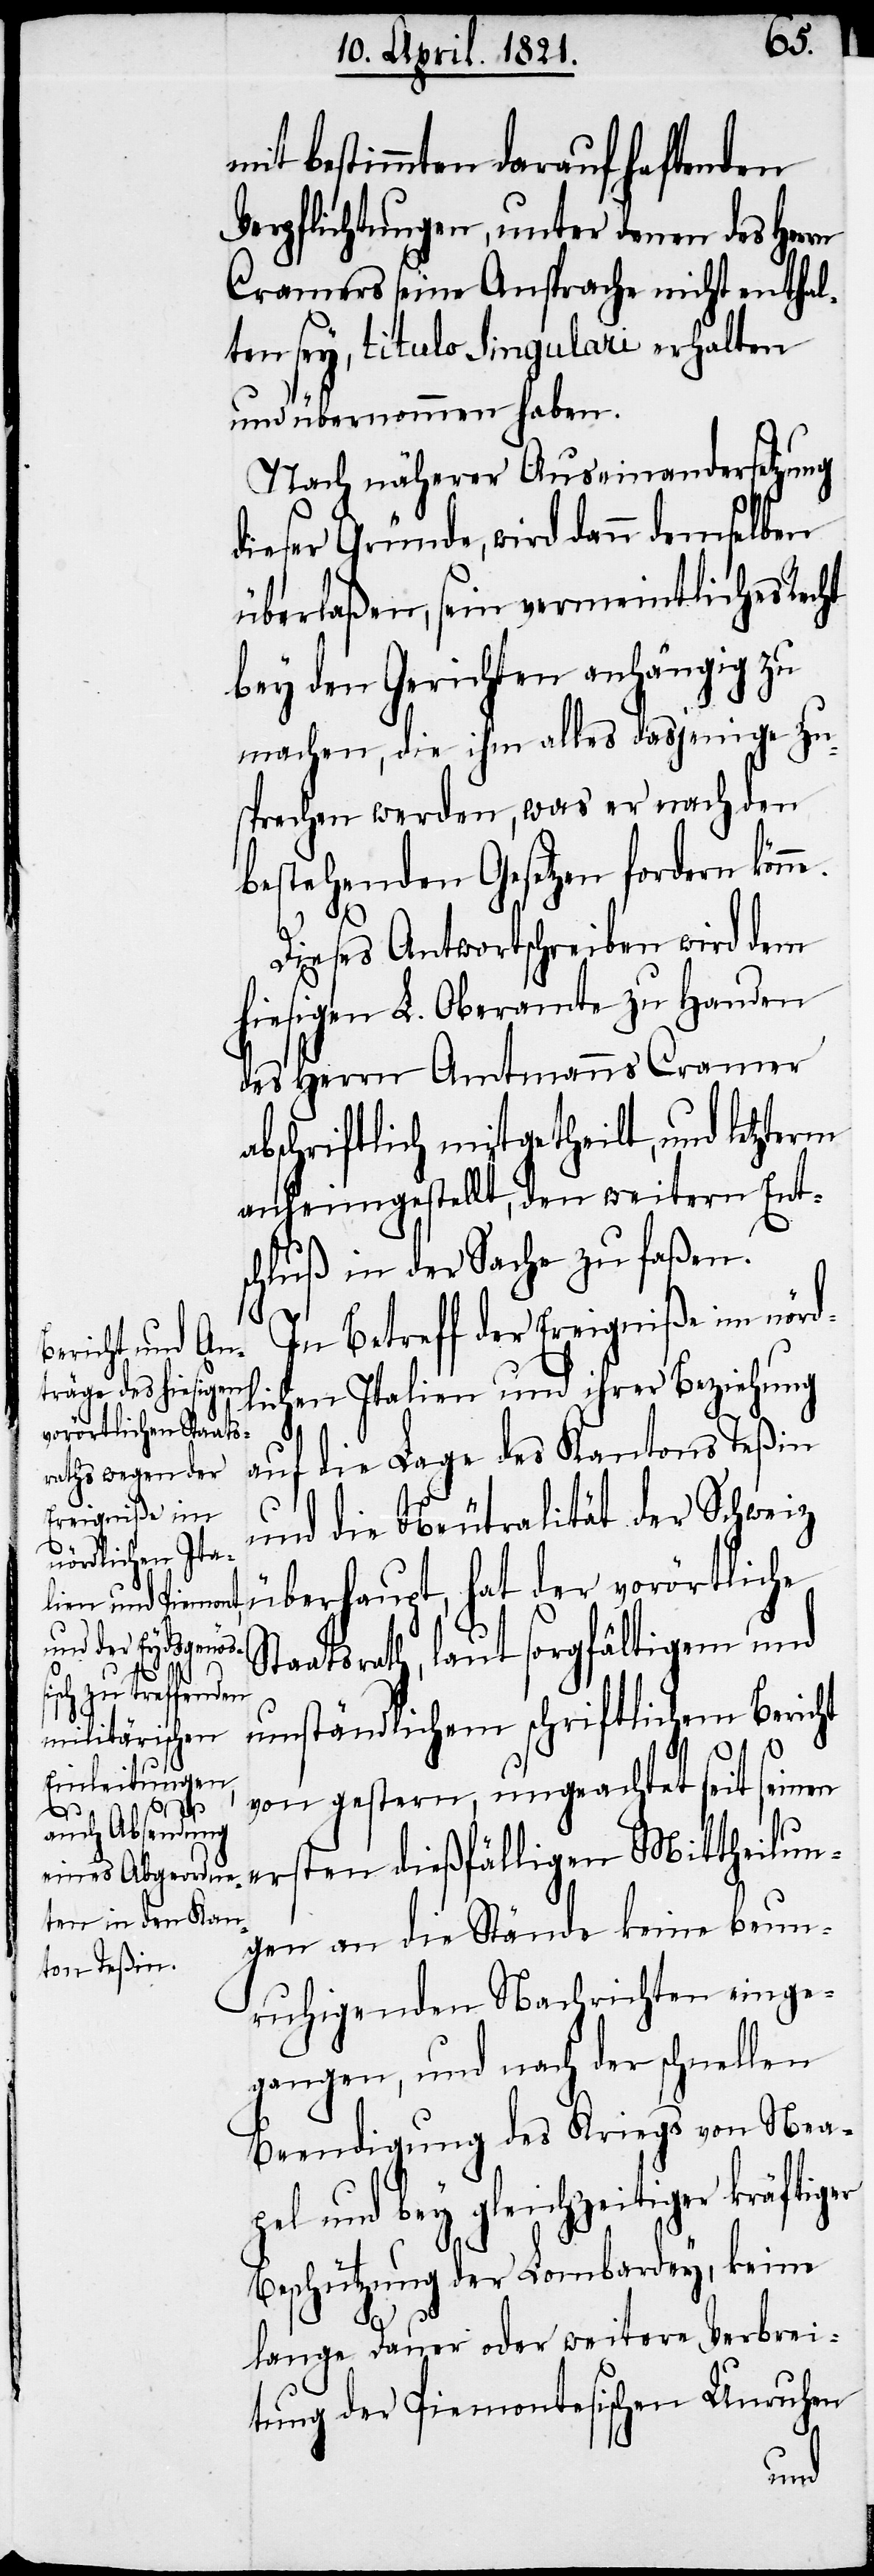
er kräftiger
Sta¬

mit bestimmten darauf haftenden
Verpflichtungen, unter denen des Herrn
Cramers seine Ansprache nicht enthal¬
ten sey, titulo singulari erhalten
und übernommen haben.
Nach näherer Auseinandersetzung
dieser Gründe, wird dann demselben
überlaßen, sein vermeintliches Recht
bey den Gerichten anhängig zu
machen, die ihm alles dasjenige zu¬
sprechen werden, was er nach den
bestehenden Gesetzen fordern könne.
Dieses Antwortschreiben wird dem
hiesigen L. Oberamte zu Handen
des Herrn Amtmanns Cramer
abschriftlich mitgetheilt, und letzterm
anheimgestellt, den weitern Ents¬
chluß in der Sache zu faßen.
In Betreff der Ereigniße im nörd¬
lichen Italien und ihrer Beziehung
auf die Lage des Kantons Teßin
und die Neutralität der Schweiz
überhaupt, hat der vorörtliche
atsrath, laut sorgfältigem und
umständlichem schriftlichem Bericht
von gestern, ungeachtet seit seinen
ersten dießfälligen Mittheilun¬
gen an die Stände keine beun¬
ruhigenden Nachrichten einge¬
gangen, und nach der schnellen
Beendigung des Kriegs von Neape¬
l und bey gleichzeitig¬
Beschützung der Lombardey, keine
lange Dauer oder weitere Verbrei¬
tung der Piemontesischen Unruhen